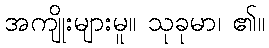
အကျိုးများမူ။ သုခုမာ၊ ၏။